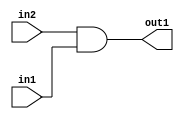
`timescale 1ps / 1ps
/*****************************************************************************
    Verilog RTL Description
    
    
    Created by: Stratus DpOpt 2019.1.01 
*******************************************************************************/

module avg_pool_And_1Ux1U_1U_1 (
	in2,
	in1,
	out1
	); /* architecture "behavioural" */ 
input  in2,
	in1;
output  out1;
wire  asc001;

assign asc001 = 
	(in2)
	&(in1);

assign out1 = asc001;
endmodule

/* CADENCE  urfwTQ4= : u9/ySgnWtBlWxVPRXgAZ4Og= ** DO NOT EDIT THIS LINE ******/